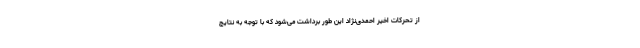
از تحرکات اخیر احمدی‌نژاد این طور برداشت می‌شود که با توجه به نتایج